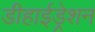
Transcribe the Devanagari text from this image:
डीहाईड्रेशन